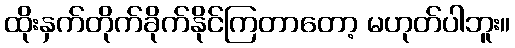
ထိုးနှက်တိုက်ခိုက်နိုင်ကြတာတော့ မဟုတ်ပါဘူး။